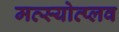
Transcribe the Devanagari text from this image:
मत्स्योत्प्लव